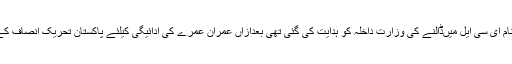
لیکن اس کے باوجود زلفی بخاری پاکستان میں موجود ہے اور نیب حکام کی جانب سے ان کا نام ای سی ایل میںڈالنے کی وزارت داخلہ کو ہدایت کی گئی تھی بعدازاں عمران عمرے کی ادائیگی کیلئے پاکستان تحریک انصاف کے چیئرمین عمران خان کے ساتھ وزارت داخلہ کا عجازت نامہ ہونے کے باوجود روک لیا گیا۔